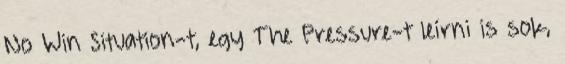
No Win Situation-t, egy The Pressure-t leírni is sok,